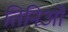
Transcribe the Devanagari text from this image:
तिनिओ